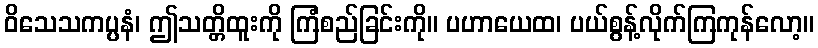
ဝိသေသကပ္ပနံ၊ ဤသတ္တိထူးကို ကြံစည်ခြင်းကို။ ပဟာယေထ၊ ပယ်စွန့်လိုက်ကြကုန်လော့။